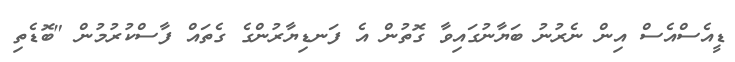
ޑީއެސްއެސް އިން ނެރުނު ބަޔާނުގައިވާ ގޮތުން އެ ފަނޑިޔާރުންގެ ގެތައް ފާސްކުރުމުން "ބޮޑެތި